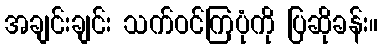
အချင်းချင်း သက်ဝင်ကြပုံကို ပြဆိုခန်း။